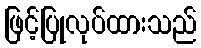
ဖြင့်ပြုလုပ်ထားသည်